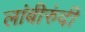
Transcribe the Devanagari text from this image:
लांबीरुंदी